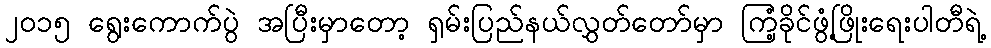
၂၀၁၅ ရွေးကောက်ပွဲ အပြီးမှာတော့ ရှမ်းပြည်နယ်လွှတ်တော်မှာ ကြံ့ခိုင်ဖွံ့ဖြိုးရေးပါတီရဲ့